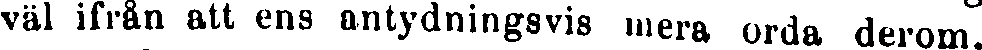
väl ifrån att ens antydningsvis mera orda derom.